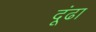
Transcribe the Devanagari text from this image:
दूंढा